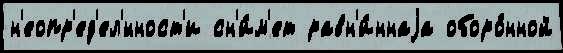
н'еопр'ед'ел'́нност'и сн'и́м'ет равн'и́ннаjа оборо́нной